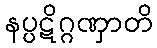
နပ္ပဋိဂ္ဂဏှာတိ